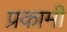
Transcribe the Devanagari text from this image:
प्रकामी